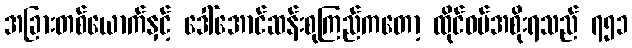
အခြားတစ်ယောက်နှင့် ဒေါ်အောင်ဆန်းစုကြည်ကတော့ ထိုင်ဝမ်အစိုးရသည် ၇၅၁